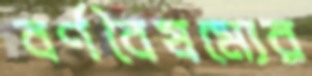
বর্ণবৈষম্যের